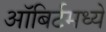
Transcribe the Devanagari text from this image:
ऑबिर्टमध्ये